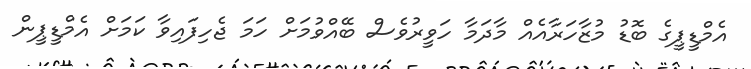
އެމްޑީޕީގެ ބޮޑު މުޒާހަރާއެއް މާދަމާ ހަވީރުވެސް ބޭއްވުމަށް ހަމަ ޖެހިފައިވާ ކަމަށް އެމްޑީޕީން